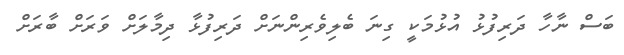
ބަސް ނާހާ ދަރިފުޅު އުޅުމަކީ ގިނަ ބެލިވެރިންނަށް ދަރިފުޅާ ދިމާލަށް ވަރަށް ބާރަށް